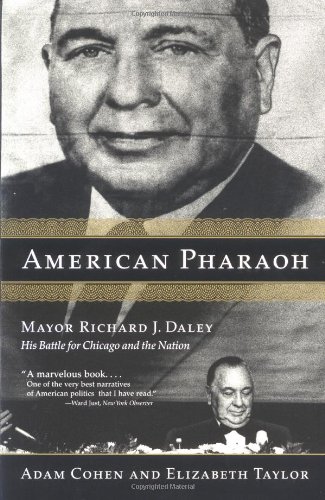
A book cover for American Pharaoh: Mayor Richard J. Daley - His Battle for Chicago and the Nation; Adam Cohen; Biographies & Memoirs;